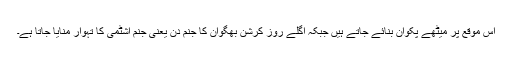
اس موقع پر میٹھے پکوان بنائے جاتے ہیں جبکہ اگلے روز کرشن بھگوان کا جنم دن یعنی جنم اشٹمی کا تہوار منایا جاتا ہے۔